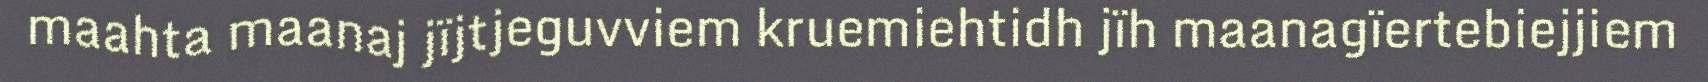
maahta maanaj jïjtjeguvviem kruemiehtidh jïh maanagïertebiejjiem